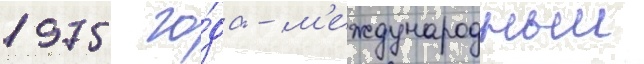
1975 го́да - м'еждународныи